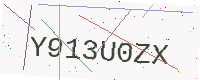
Text: Y913U0ZX